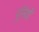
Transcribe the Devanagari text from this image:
पूनियों